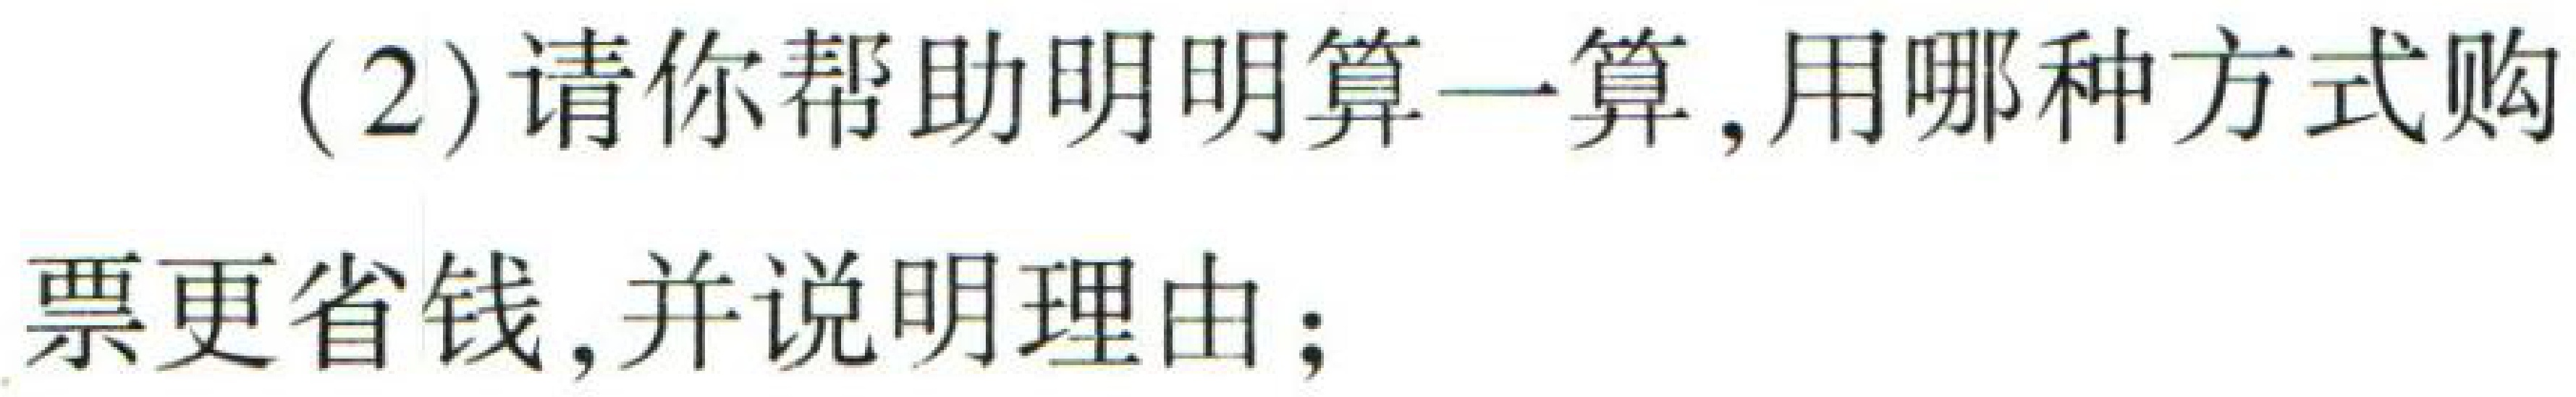
(2)请你帮助明明算一算，用哪种方式购
票更省钱，并说明理由；